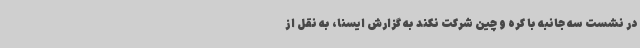
در نشست سه جانبه با کره و چین شرکت نکند به گزارش ایسنا، به نقل از